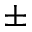
\pm